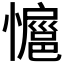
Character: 𭟊